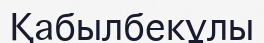
Қабылбекұлы